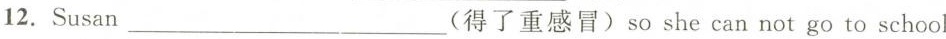
12. Susan ___ (得了重感冒)so she can not go to school